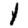
Digit: 1